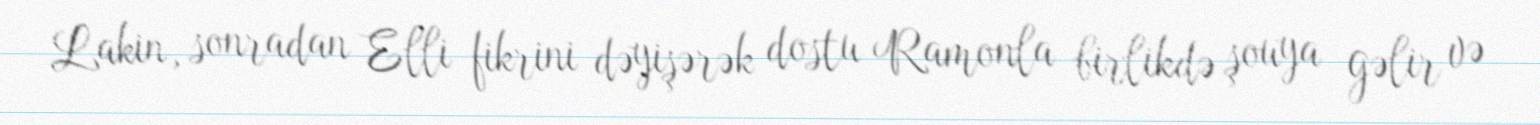
Lakin, sonradan Elli fikrini dəyişərək dostu Ramonla birlikdə şouya gəlir və